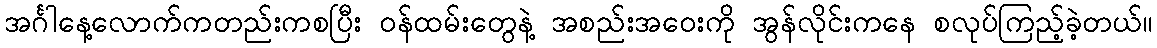
အင်္ဂါနေ့လောက်ကတည်းကစပြီး ဝန်ထမ်းတွေနဲ့ အစည်းအဝေးကို အွန်လိုင်းကနေ စလုပ်ကြည့်ခဲ့တယ်။